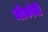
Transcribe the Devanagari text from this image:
जोकोबी